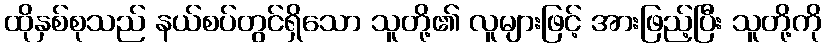
ထိုနှစ်စုသည် နယ်စပ်တွင်ရှိသော သူတို့၏ လူများဖြင့် အားဖြည့်ပြီး သူတို့ကို